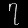
Digit: ၇